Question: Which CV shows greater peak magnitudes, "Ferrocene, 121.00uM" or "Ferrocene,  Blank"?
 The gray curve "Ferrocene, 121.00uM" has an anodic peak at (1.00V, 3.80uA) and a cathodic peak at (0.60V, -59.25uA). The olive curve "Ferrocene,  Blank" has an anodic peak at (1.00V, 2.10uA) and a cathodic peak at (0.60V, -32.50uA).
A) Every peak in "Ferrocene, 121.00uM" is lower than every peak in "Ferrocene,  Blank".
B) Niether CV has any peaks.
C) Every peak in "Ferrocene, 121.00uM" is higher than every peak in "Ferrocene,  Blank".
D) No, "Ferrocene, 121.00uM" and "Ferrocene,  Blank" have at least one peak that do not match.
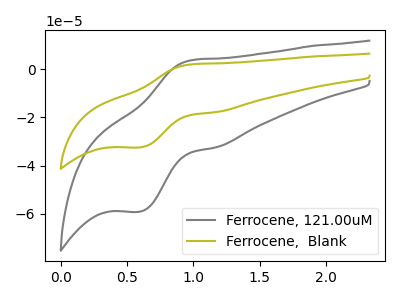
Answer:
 <answer>C) Every peak in "Ferrocene, 121.00uM" is higher than every peak in "Ferrocene,  Blank".</answer>
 <eval>C</eval>